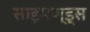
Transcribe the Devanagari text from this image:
साइमण्ड्स